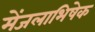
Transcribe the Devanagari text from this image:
मेंजलाभिषेक